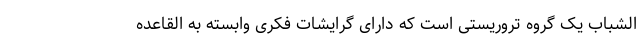
الشباب یک گروه تروریستی است که دارای گرایشات فکری وابسته به القاعده